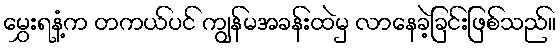
မွှေးရနံ့က တကယ်ပင် ကျွန်မအခန်းထဲမှ လာနေခဲ့ခြင်းဖြစ်သည်။